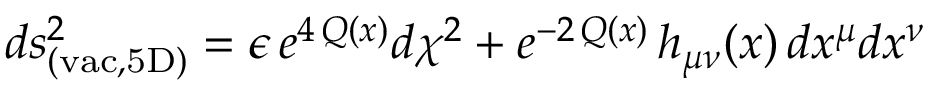
d s _ { \mathrm { ( v a c , 5 D ) } } ^ { 2 } = \epsilon \, e ^ { 4 \, Q ( x ) } d \chi ^ { 2 } + e ^ { - 2 \, Q ( x ) } \, h _ { \mu \nu } ( x ) \, d x ^ { \mu } d x ^ { \nu }